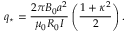
q _ { \star } = { \frac { 2 \pi B _ { 0 } a ^ { 2 } } { \mu _ { 0 } R _ { 0 } I } } \left( { \frac { 1 + \kappa ^ { 2 } } { 2 } } \right) .